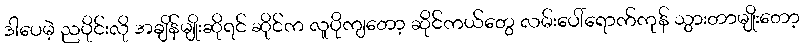
ဒါပေမဲ့ ညပိုင်းလို အချိန်မျိုးဆိုရင် ဆိုင်က လူပိုကျတော့ ဆိုင်ကယ်တွေ လမ်းပေါ်ရောက်ကုန် သွားတာမျိုးတော့